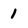
Character: 1